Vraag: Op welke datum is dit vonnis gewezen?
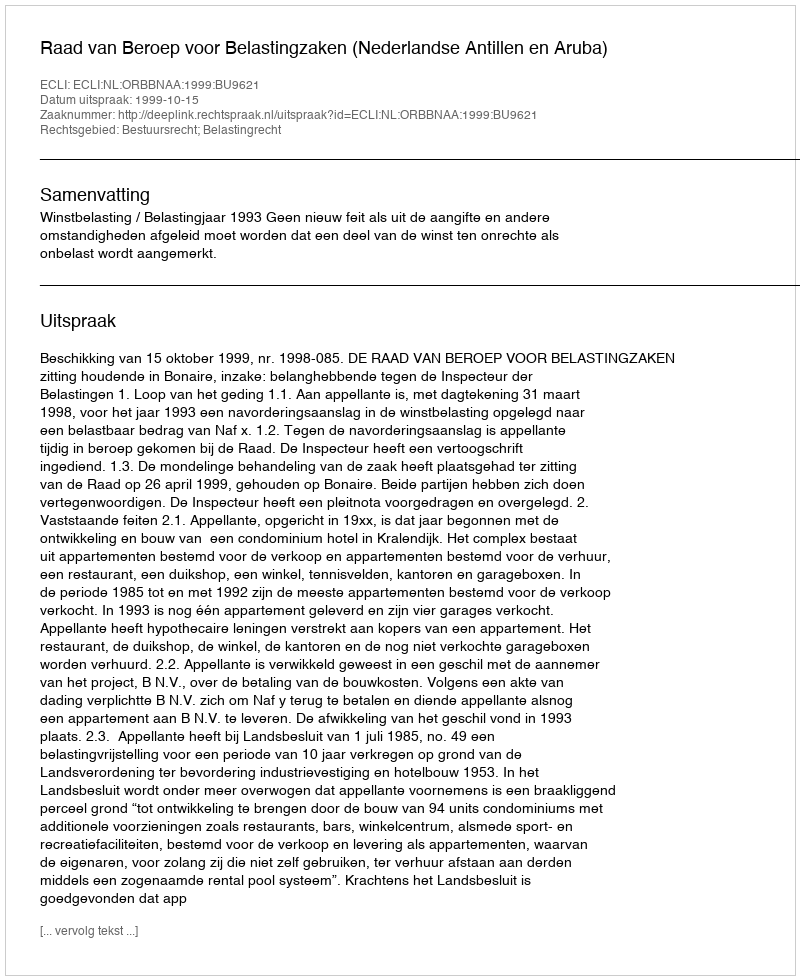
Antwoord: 1999-10-15